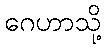
ဂေဟာသို့